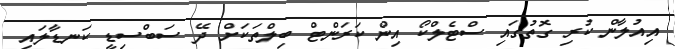
އިއުލާން ކުރި ގޮތުގައި ސްޓެލްކޯ އިން ކަރަންޓް ބިލްތަކަށް ދޭ ސަބްސިޑީ ކަނޑާލައި